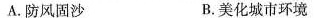
A.防风固沙 B.美化城市环境